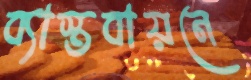
ব্যাস্তবায়নে